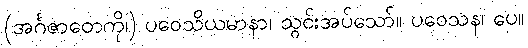
(အင်္ဂဇာတေကို၊) ပဝေသိယမာနာ၊ သွင်းအပ်သော်။ ပဝေသန၊ ပေ။